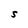
Character: S